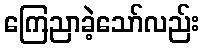
ကြေညာခဲ့သော်လည်း